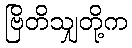
ဗြိတိသျှတို့က